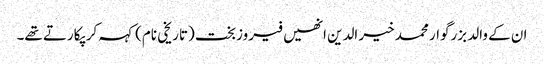
ان کے والد بزرگوار محمد خیر الدین انھیں فیروزبخت (تاریخی نام) کہہ کر پکارتے تھے۔